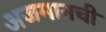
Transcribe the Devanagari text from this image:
अजमानची